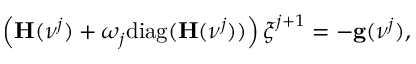
\begin{array} { r } { \left( \mathbf H ( \ensuremath { \boldsymbol \nu } ^ { j } ) + \omega _ { j } \mathrm { d i a g } ( \mathbf H ( \ensuremath { \boldsymbol \nu } ^ { j } ) ) \right) \boldsymbol \xi ^ { j + 1 } = - \mathbf g ( \ensuremath { \boldsymbol \nu } ^ { j } ) , } \end{array}